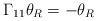
LaTeX: \begin{align*}\Gamma_{11}\theta_R=-\theta_R\end{align*}